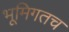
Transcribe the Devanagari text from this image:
भूमिगतच